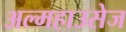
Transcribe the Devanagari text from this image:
अल्महाउसेज